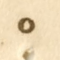
٥